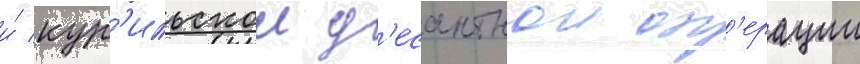
и́ кур'ильскои д'есантнои оп'ерации